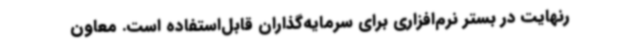
رنهایت در بستر نرم‌افزاری برای سرمایه‌گذاران قابل‌استفاده است. معاون